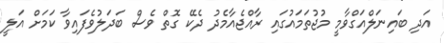
އަދި ބައިނަލްއަގްވާމީ މުޖުތަމައުގައި ރާއްޖެއާމެދު ދެކޭ ގޮތް ވެސް ބަދަލުވެފައިވާ ކަމަށް އަލީ